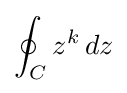
\oint _{C}z^{k}\,dz